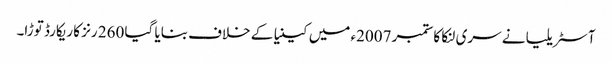
آسٹریلیا نے سری لنکا کا ستمبر 2007ء میں کینیا کے خلاف بنایا گیا 260 رنز کا ریکارڈ توڑا۔